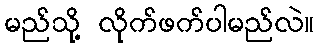
မည်သို့ လိုက်ဖက်ပါမည်လဲ။